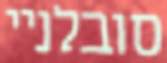
סובלניי